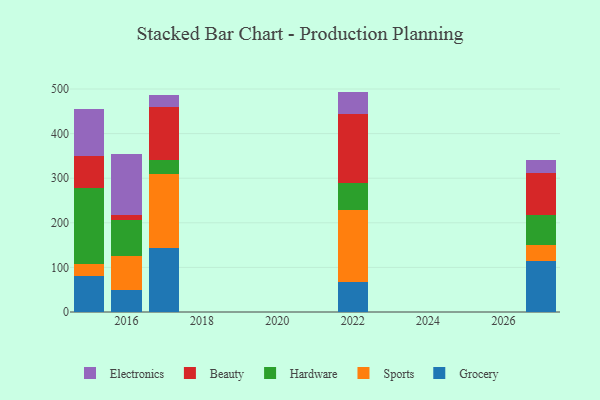
{"axis": {"x": "Year", "y": "Budget (USD K)"}, "legend": ["Beauty", "Electronics", "Grocery", "Hardware", "Sports"], "data": [{"x": "2022", "y": 67.8, "type": "Grocery"}, {"x": "2022", "y": 160.9, "type": "Sports"}, {"x": "2022", "y": 59.8, "type": "Hardware"}, {"x": "2022", "y": 155.5, "type": "Beauty"}, {"x": "2022", "y": 50.2, "type": "Electronics"}, {"x": "2016", "y": 50.0, "type": "Grocery"}, {"x": "2016", "y": 76.6, "type": "Sports"}, {"x": "2016", "y": 79.8, "type": "Hardware"}, {"x": "2016", "y": 12.1, "type": "Beauty"}, {"x": "2016", "y": 135.6, "type": "Electronics"}, {"x": "2015", "y": 81.6, "type": "Grocery"}, {"x": "2015", "y": 25.4, "type": "Sports"}, {"x": "2015", "y": 170.5, "type": "Hardware"}, {"x": "2015", "y": 72.1, "type": "Beauty"}, {"x": "2015", "y": 105.9, "type": "Electronics"}, {"x": "2017", "y": 143.3, "type": "Grocery"}, {"x": "2017", "y": 165.1, "type": "Sports"}, {"x": "2017", "y": 31.8, "type": "Hardware"}, {"x": "2017", "y": 119.8, "type": "Beauty"}, {"x": "2017", "y": 26.5, "type": "Electronics"}, {"x": "2027", "y": 115.0, "type": "Grocery"}, {"x": "2027", "y": 35.9, "type": "Sports"}, {"x": "2027", "y": 66.9, "type": "Hardware"}, {"x": "2027", "y": 94.1, "type": "Beauty"}, {"x": "2027", "y": 28.2, "type": "Electronics"}]}